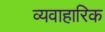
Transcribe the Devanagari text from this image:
व्यवाहारिक